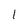
Character: 1